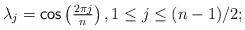
LaTeX: \begin{align*} \textstyle{\lambda_j = \mathsf{cos}\left(\frac{2\pi j}{n}\right), 1 \leq j \leq (n-1)/2;}\end{align*}